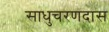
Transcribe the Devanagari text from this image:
साधुचरणदास